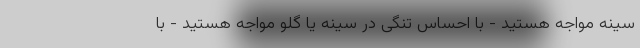
سینه مواجه هستید - با احساس تنگی در سینه یا گلو مواجه هستید - با